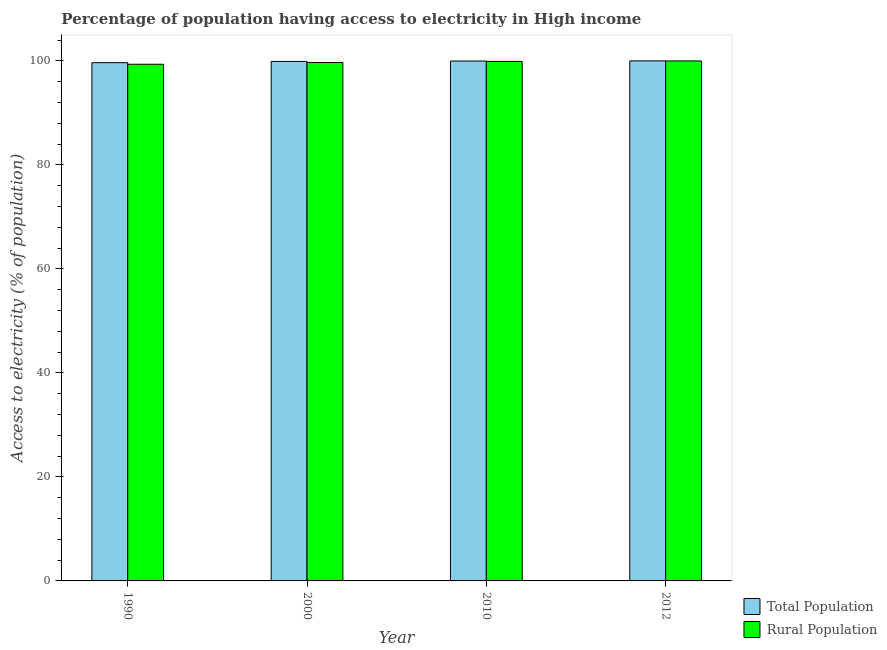
| Year | Total Population | Rural Population |
 | --- | --- | --- |
 | 1990 | 99.6 | 99.3 |
 | 2000 | 99.9 | 99.7 |
 | 2010 | 100 | 99.9 |
 | 2012 | 100 | 100 |